Sketch of the medical history of the native army of Bombay, for the year
Year: 1875
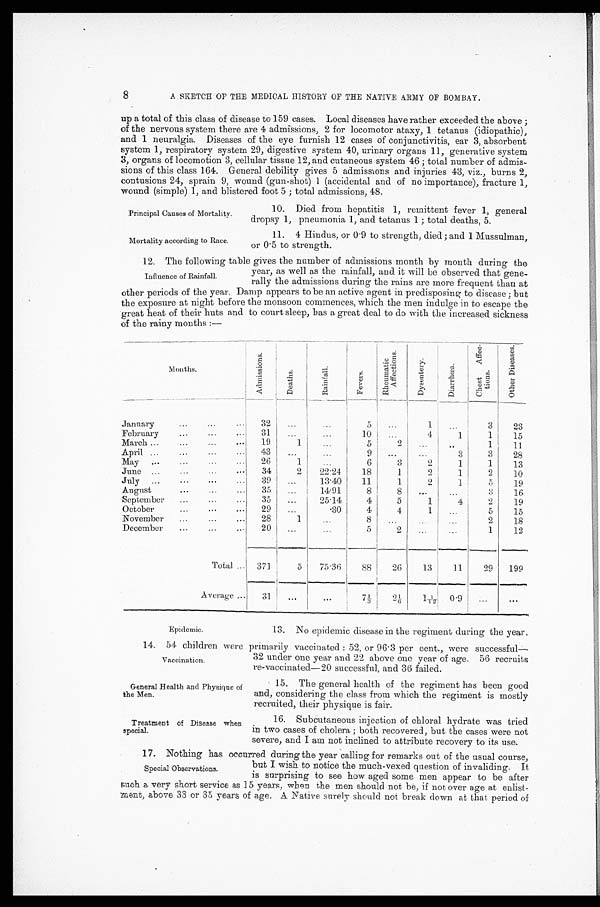
Principal Causes of Mortality.
Mortality according to Race.
General Health and Physique of
the Men.
Treatment of Disease when
special.
8
A SKETCH OF THE MEDICAL HISTORY OF THE NATIVE ARMY OF BOMBAY.
up a total of this class of disease to 159 cases. Local diseases have rather exceeded the above;
of the nervous system there are 4 admissions, 2 for locomotor ataxy, 1 tetanus (idiopathic),
and 1 neuralgia. Diseases of the eye furnish 12 cases of conjunctivitis, ear 3, absorbent
system 1, respiratory system 29, digestive system 40, urinary organs 11, generative system
3, organs of locomotion 3, cellular tissue 12, and cutaneous system 46; total number of admis
- s i o n s o f t h i s c l a s s 1 6 4 . G e n e r a l d e b i l i t y g i v e s 5 a d m i s s i o n s a n d i n j u r i e s 4 3 , v i z . , b u r n s 2 ,
contusions 24, sprain 9, wound (gun-shot) 1 (accidental and of no importance), fracture 1,
wound (simple) 1, and blistered foot 5; total admissions, 48.
10. Died from hepatitis 1, remittent fever 1, general
dropsy 1, pneumonia 1, and tetanus 1; total deaths, 5.
11. 4 Hindus, or 0·9 to strength, died; and 1 Mussulman,
or 0·5 to strength.
12. The following table gives the number of admissions month by month during the
year, as well as the rainfall, and it will be observed that gene-
rally the admissions during the rains are more frequent than at
other periods of the year. Damp appears to be an active agent in predisposing to disease; but
the exposure at night before the monsoon commences, which the men indulge in to escape the
great heat of their huts and to court sleep, has a great deal to do with the increased sickness
of the rainy months:—
Mont hs .
A d m i s s i o n s .
D e a t h s .
R a i n f a l l . F e v e r s .
Rheumat i c Affect i ons.
D y s e n t e r y .
D i a r r h œ a .
C h e s t A f f e c - t i o n s .
O t h e r D i s e a s e s .
J a n u a r y .
3 2
. . .
...
5
. . .
1
. . .
3
2 3
February
3 1 ... ...
1 0 ...
4
1 1
1 5
March
1 9
1
. . .
5
2 ...
...
1
1 1
April
4 3
. . .
. . .
9
. . .
. . .
3 3
2 8
May
2 6 1
. . .
6
3
2
1 1
1 3
June
3 4 2
2 2 · 2 4
1 8
1
2
1 2
1 0
July
3 9
...
1 3 · 4 0
1 1
1
2
1 5
1 9
August
3 5
. . .
1 4 · 9 1
8
8
. . .
. . .
3
1 6
September
3 5
. . .
2 5 · 1 4
4
5
1
4 2
1 9
October
2 9
. . .
· 3 0
4
4
1
. . .
5
1 5
November
2 8 1
. . .
8
... ...
. . .
2
1 8
December
2 0
. . . ...
5
2
. . .
. . .
1
1 2
Total
3 7 1 5
7 5 · 3 6
8 8
2 6
1 3
1 1
2 9
1 9 9
Average
3 1
. . .
...
7 1 / 3
2 1 / 6
1 1 / 1 2
0 · 9
. . .
...
Influence of Rainfall.
Epidemic.
13. No epidemic disease in the regiment during the year.
14. 54 children were primarily vaccinated: 52, or 96·3 per cent., were successful
—32 under one year and 22 above one year of age. 56 recruits
re-vaccinated—20 successful, and 36 failed.
Vaccination.
15. The general health of the regiment has been good
and, considering the class from which the regiment is mostly
recruited, their physique is fair.
16. Subcutaneous injection of chloral hydrate was tried
in two cases of cholera; both recovered, but the cases were not
severe, and I am not inclined to attribute recovery to its use.
17. Nothing has occurred during the year calling for remarks out of the usual course,
but I wish to notice the much-vexed question of invaliding. It
is surprising to see how aged some men appear to be after
such a very short service as 15 years, when the men should not be, if not over age at enlist-
ment, above 33 or 35 years of age. A Native surely should not break down at that period of